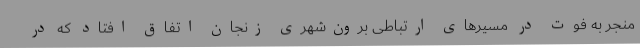
منجر به فوت در مسیرهای ارتباطی برون‌شهری زنجان اتفاق افتاد که در